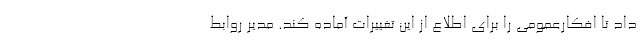
داد تا افكارعمومي را براي اطلاع از اين تغييرات آماده كند. مدیر روابط